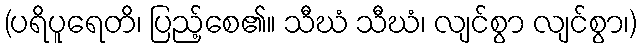
(ပရိပူရေတိ၊ ပြည့်စေ၏။ သီဃံ သီဃံ၊ လျင်စွာ လျင်စွာ၊)